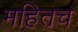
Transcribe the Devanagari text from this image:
महितच